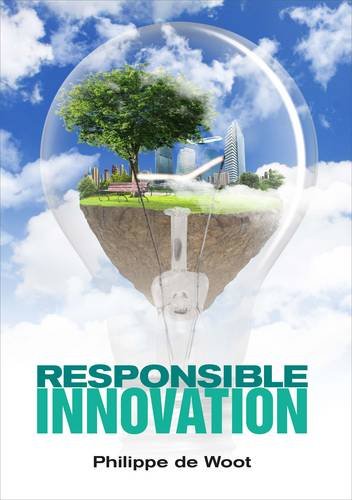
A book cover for Responsible Innovation; Philippe de Woot; Business & Money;